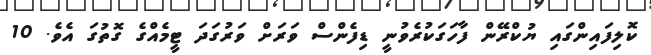
ކޮލިފައިންގައި ޔުކްރޭން ފާހަގަކުރެވުނީ ޑިފެންސް ވަރަށް ވަރުގަދަ ޓީމެއްގެ ގޮތުގަ އެވެ. 10